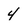
Character: 4